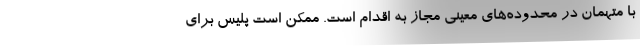
با متهمان در محدوده‌های معینی مجاز به اقدام است. ممکن است پلیس برای